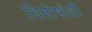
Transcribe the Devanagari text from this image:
विशेषोही